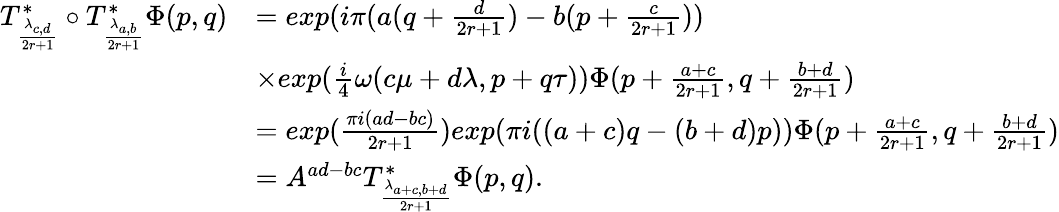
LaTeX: \begin{array}{rl}{T_{\frac{\lambda_{c,d}}{2r+1}}^{*}\circ T_{\frac{\lambda_{a,b}}{2r+1}}^{*}\Phi(p,q)}&{=exp(i\pi(a(q+\frac{d}{2r+1})-b(p+\frac{c}{2r+1}))}\\ &{\times exp(\frac{i}{4}\omega(c\mu+d\lambda,p+q\tau))\Phi(p+\frac{a+c}{2r+1},q+\frac{b+d}{2r+1})}\\ &{=exp(\frac{\pi i(ad-bc)}{2r+1})exp(\pi i((a+c)q-(b+d)p))\Phi(p+\frac{a+c}{2r+1},q+\frac{b+d}{2r+1})}\\ &{=A^{ad-bc}T_{\frac{\lambda_{a+c,b+d}}{2r+1}}^{*}\Phi(p,q).}\end{array}